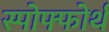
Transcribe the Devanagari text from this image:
स्पोफ्फोर्थ